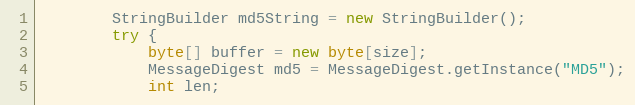
Language: Java
        StringBuilder md5String = new StringBuilder();
        try {
            byte[] buffer = new byte[size];
            MessageDigest md5 = MessageDigest.getInstance("MD5");
            int len;